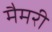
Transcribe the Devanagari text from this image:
मैमरी